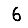
Digit: 6